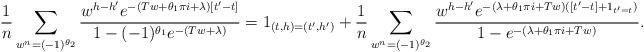
LaTeX: \begin{align*} \frac{ 1 }{n} \sum_{ w^n = (-1)^{\theta_2}} \frac{ w^{ h-h'} e^{ - (Tw+\theta_1 \pi i+ \lambda)[t' - t] } }{ 1 - (-1)^{\theta_1} e^{-(Tw+\lambda) } } = \mathrm{1}_{(t,h) = (t',h')} + \frac{1}{n} \sum_{w^n = (-1)^{\theta_2}} \frac{ w^{h-h'} e^{ - (\lambda+\theta_1 \pi i+Tw)([t'-t]+\mathrm{1}_{t'=t}) } }{ 1 - e^{- (\lambda+\theta_1 \pi i +Tw) } } .\end{align*}